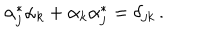
\alpha _ { j } ^ { \ast } \alpha _ { k } + \alpha _ { k } \alpha _ { j } ^ { \ast } = \delta _ { j k } \, .